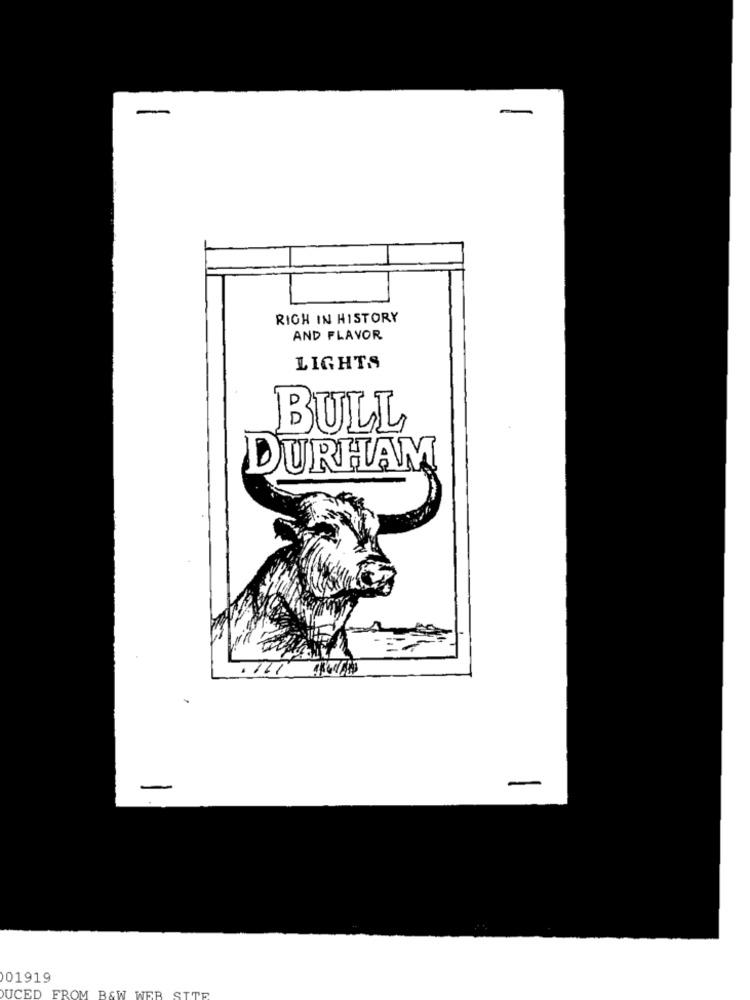
RIGH IN HISTORY
AND FLAVOR
LIGHTS
BULL
DURHAM
01919
DUCED FROM B&W WER SITE